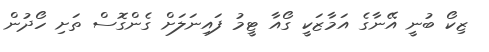
ޒިކޯ ބުނީ އޭނާގެ އަމާޒަކީ ގޯއާ ޓީމު ފައިނަލަށް ގެންގޮސް ތަށި ހޯދުން